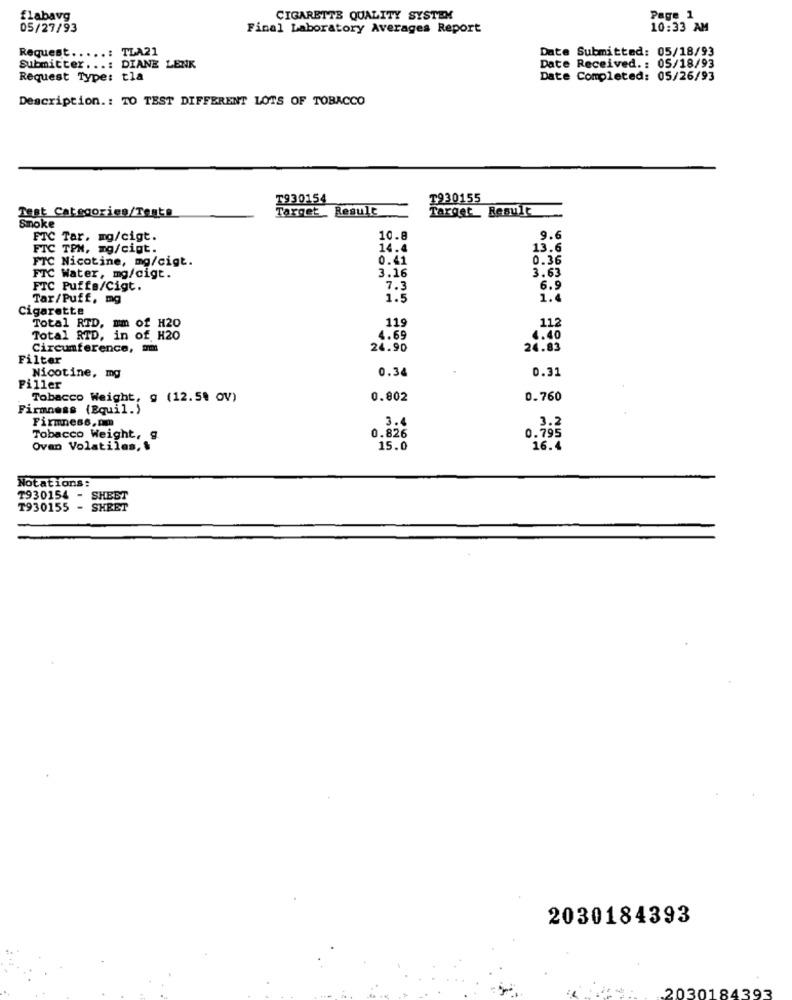
flabavg
CIGARETTE QUALITY SYSTEM
Page 1
05/27/93
Final Laboratory Averages Report
10:33 AM
TLA21
Request .....:
Date Submitted: 05/18/93
Submitter ...: DIANE LENK
Date Received. : 05/18/93
Request Type: tla
Date Completed: 05/26/93
Description .: TO TEST DIFFERENT LOTS OF TOBACCO
T930154
T930155
Test Categories/Tests
Target_ Result
Target_ Result
Smoke
FTC Tar, mg/cigt.
10.8
9.6
FTC TPN, mg/cigt.
14.4
13.6
FTC Nicotine, mg/cigt.
0.41
0.36
3.16
3.63
FTC Water, mg/cigt.
FTC Puffs/Cigt.
7.3
6.9
Tar/Puff, mg
1.5
1.4
Cigarette
119
112
Total RTD, mm of H20
Total RTD, in of H20
4.69
4.40
Circumference, um
24.90
24.83
Filter
Nicotine, mg
0.34
0.31
Piller
Tobacco Weight, g (12.59 OV)
0.802
0.760
Firmness (Bquil.)
Firmness.om
3.4
3.2
0.826
0.795
Tobacco Weight, g.
Ovan Volatiles, &
15.0
16.4
Notations:
T930154 - SHEET
T930155 - SHEET
2030184393
2030184393